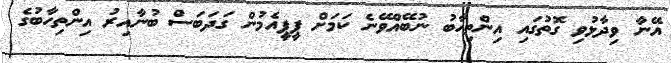
އޭނާ ވިދާޅުވި ގޮތުގައި އިންތިހާބު ނުބޭއްވޭނެ ކަމަށް ޕީޕީއެމުން ގަދަބަސް ބުނާއިރު އިންތިހާބުގެ